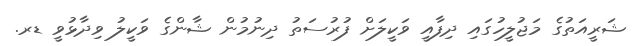
ޝަރީއަތުގެ މަޖުލީހުގައި ދިފާއީ ވަކީލަށް ފުރުސަތު ދިނުމުން ޝާންގެ ވަކީލު ވިދާޅުވީ ޑރ.